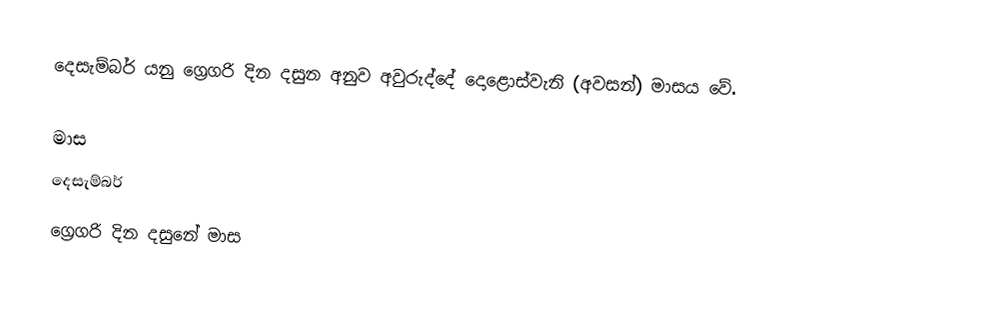
දෙසැම්බර් යනු ග්‍රෙගරි දින දසුන අනුව අවුරුද්දේ දොළොස්වැනි (අවසන්) මාසය වේ.

මාස
දෙසැම්බර්
ග්‍රෙගරි දින දසුනේ මාස